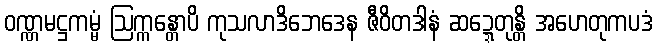
ဝဏ္ဏမဋ္ဌကမ္မံ ဩက္ကန္တောပိ ကုသလာဒိဘေဒေန ဇီဝိတဒါနံ ဆဍ္ဍေတုန္တိ အဟေတုကပဒံ